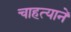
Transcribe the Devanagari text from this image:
चाहत्याने